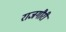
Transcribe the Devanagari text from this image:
राजगौरी